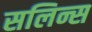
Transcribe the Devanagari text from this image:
सलिन्स